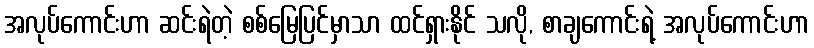
အလုပ်ကောင်းဟာ ဆင်းရဲတဲ့ စစ်မြေပြင်မှာသာ ထင်ရှားနိုင် သလို, စာချကောင်းရဲ့ အလုပ်ကောင်းဟာ